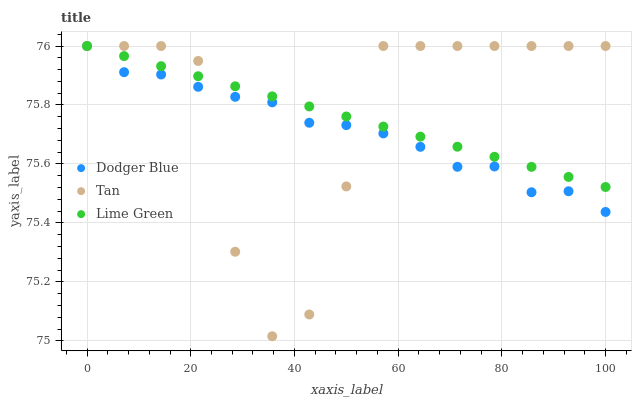
| xaxis_label | Dodger Blue | Tan | Lime Green |
 | --- | --- | --- | --- |
 | 0 | 76 | 76 | 76 |
 | 7.14 | 75.9 | 76 | 76 |
 | 14.3 | 75.9 | 76 | 75.9 |
 | 21.4 | 75.9 | 75.9 | 75.9 |
 | 28.6 | 75.8 | 75.3 | 75.9 |
 | 35.7 | 75.8 | 75 | 75.8 |
 | 42.9 | 75.7 | 75.1 | 75.8 |
 | 50 | 75.7 | 75.5 | 75.8 |
 | 57.1 | 75.7 | 76 | 75.7 |
 | 64.3 | 75.7 | 76 | 75.7 |
 | 71.4 | 75.6 | 76 | 75.7 |
 | 78.6 | 75.6 | 76 | 75.6 |
 | 85.7 | 75.5 | 76 | 75.6 |
 | 92.9 | 75.5 | 76 | 75.6 |
 | 100 | 75.4 | 76 | 75.5 |